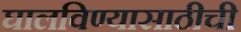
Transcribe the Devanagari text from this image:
घालविण्यासाठीची